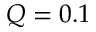
Q = 0 . 1